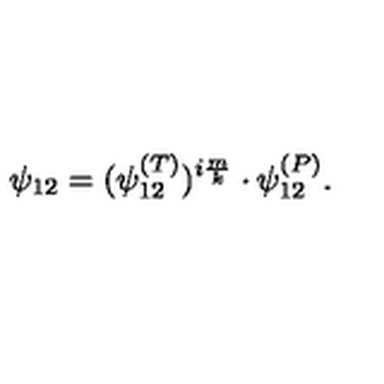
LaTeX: \psi _ { 1 2 } = ( \psi _ { 1 2 } ^ { ( T ) } ) ^ { i \frac { m } { k } } \cdot \psi _ { 1 2 } ^ { ( P ) } .